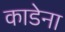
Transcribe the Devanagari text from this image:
काडेना